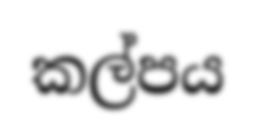
කල්පය